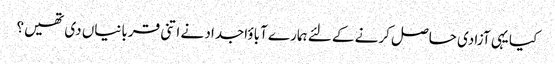
کیا یہی آزادی حاصل کرنے کے لئے ہمارے آباؤاجداد نے اتنی قربانیاں دی تھیں؟